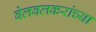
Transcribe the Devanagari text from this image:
बेलवलकरांच्या